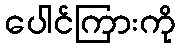
ပေါင်ကြားကို